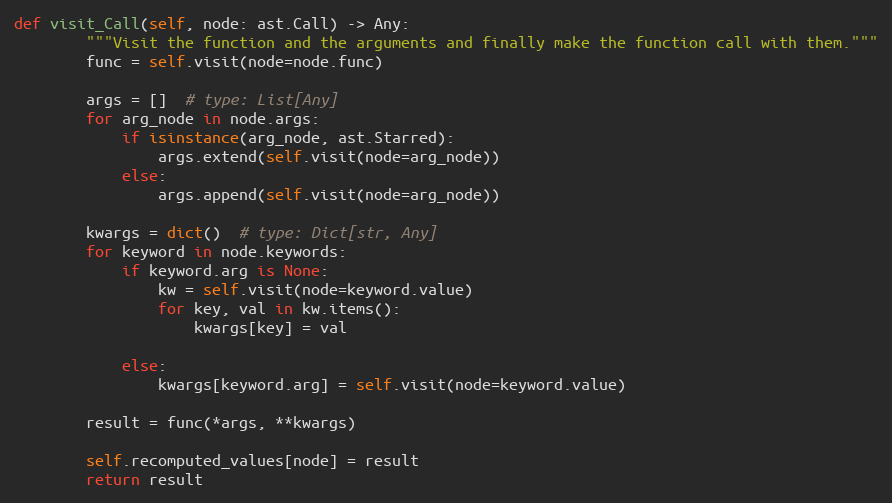
Language: Python
def visit_Call(self, node: ast.Call) -> Any:
        """Visit the function and the arguments and finally make the function call with them."""
        func = self.visit(node=node.func)

        args = []  # type: List[Any]
        for arg_node in node.args:
            if isinstance(arg_node, ast.Starred):
                args.extend(self.visit(node=arg_node))
            else:
                args.append(self.visit(node=arg_node))

        kwargs = dict()  # type: Dict[str, Any]
        for keyword in node.keywords:
            if keyword.arg is None:
                kw = self.visit(node=keyword.value)
                for key, val in kw.items():
                    kwargs[key] = val

            else:
                kwargs[keyword.arg] = self.visit(node=keyword.value)

        result = func(*args, **kwargs)

        self.recomputed_values[node] = result
        return result